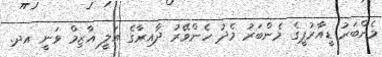
މެންބަރު ޑީއާރުޕީގެ މެންބަރު މެދު ހެންވޭރު ދާއިރާގެ އަލީ އާޒިމް ވަނީ އދ.